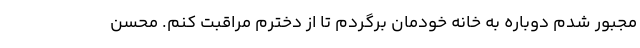
مجبور شدم دوباره به خانه خودمان برگردم تا از دخترم مراقبت کنم. محسن